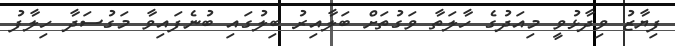
ފިޔާޒު ވިދާޅުވީ މިއަދުގެ ހާލަތާ ވަގުތަށް ބަލާއިރު ބިލުގައި ބުނެފައިވާ މަގުސަދާ ހިލާފު